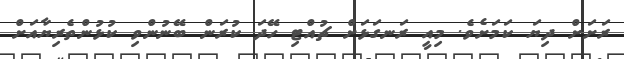
ރަށަށް ދިޔަ ކަމަށެވެ. މިއީ ރަނގަޅަށް ޗުއްޓި ހޭދަ ކުރަން ބޭނުންވި ކުޅުންތެރިޔާއަށް